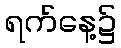
ရက်နေ့၌